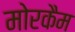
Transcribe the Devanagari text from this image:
मोरकैम